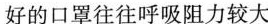
好的口罩往往呼吸阻力较大